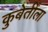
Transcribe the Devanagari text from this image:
कुबेर्तींला